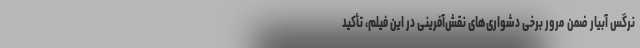
نرگس آبیار ضمن مرور برخی دشواری‌های نقش‌آفرینی در این فیلم،‌ تأکید